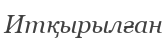
Итқырылған